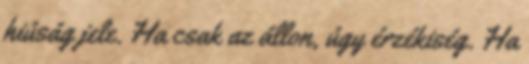
hiúság jele. Ha csak az állon, úgy érzékiség. Ha